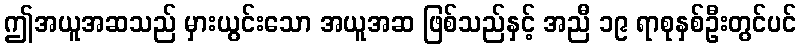
ဤအယူအဆသည် မှားယွင်းသော အယူအဆ ဖြစ်သည်နှင့် အညီ ၁၉ ရာစုနှစ်ဦးတွင်ပင်